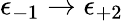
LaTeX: \epsilon_{-1}\to\epsilon_{+2}